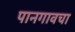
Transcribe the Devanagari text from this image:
पानगावचा